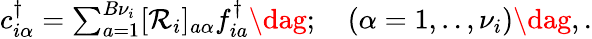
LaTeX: \begin{array}{r}{c_{i\alpha}^{\dagger}=\sum_{a=1}^{{B}\nu_{i}}[\mathcal{R}_{i}]_{a\alpha}f_{ia}^{\dagger}\dag;\quad(\alpha=1,..,\nu_{i})\dag,.}\end{array}